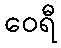
ဝေရီ